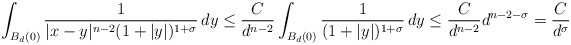
\begin{align*}\int_{B_d(0)}\frac{1}{|x-y|^{n-2}(1+|y|)^{1+\sigma}}\, dy\leq \frac{C}{d^{n-2}}\int_{B_d(0)}\frac{1}{(1+|y|)^{1+\sigma}}\, dy\leq \frac{C}{d^{n-2}} d^{n-2-\sigma}=\frac{C}{d^\sigma}\end{align*}